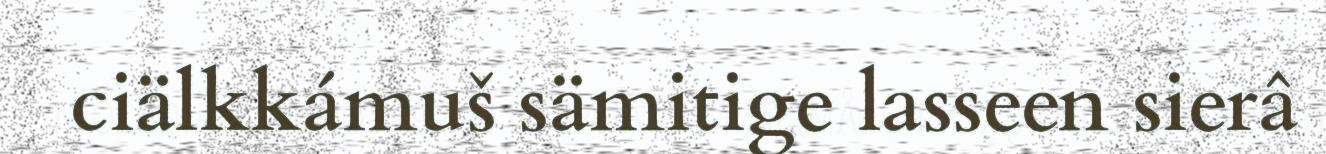
ciälkkámuš sämitige lasseen sierâ